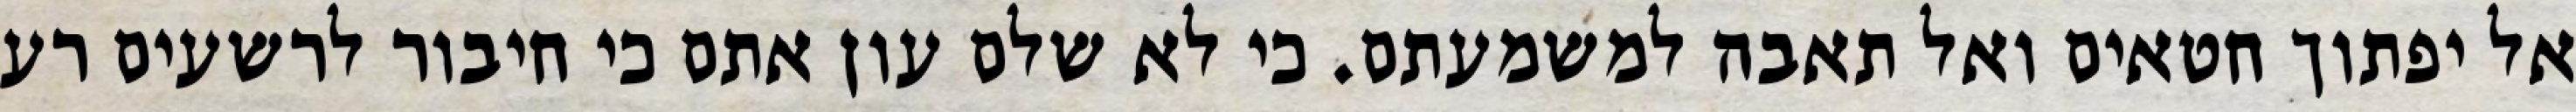
אל יפתוך חטאים ואל תאבה למשמעתם. כי לא שלם עון אתם כי חיבור לרשעים רע